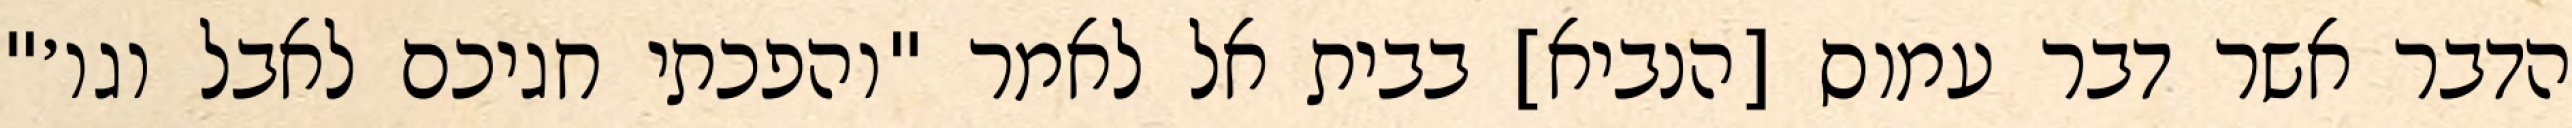
הדבר אשר דבר עמוס [הנביא] בבית אל לאמר "והפכתי חגיכם לאבל וגו׳"